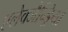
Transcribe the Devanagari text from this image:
एलेक्जैन्ड्रिया